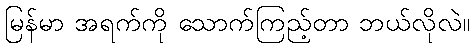
မြန်မာ အရက်ကို သောက်ကြည့်တာ ဘယ်လိုလဲ။